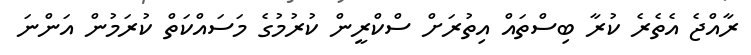
ރާއްޖެ އެތެރެ ކުރާ ބިސްތައް އިތުރަށް ސްކްރީން ކުރުމުގެ މަސައްކަތް ކުރަމުން އަންނަ